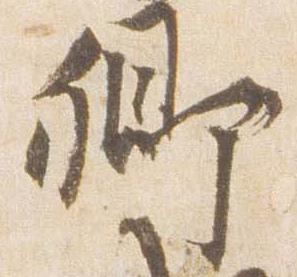
卿